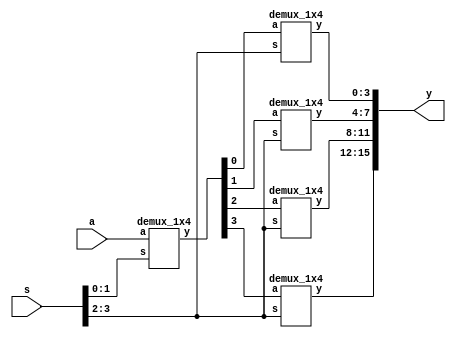
`timescale 1ns / 1ps

module demux_1x16(a,s,y);
input a;
input [3:0]s;
output [15:0]y;
wire [3:0]p;
demux_1x4 u0(a,s[1:0],p[3:0]);

demux_1x4 u1(p[0],s[3:2],y[3:0]);
demux_1x4 u2(p[1],s[3:2],y[7:4]);
demux_1x4 u3(p[2],s[3:2],y[11:8]);
demux_1x4 u4(p[3],s[3:2],y[15:12]);
endmodule

module demux_1x4(a,s,y);
input a;
input [1:0]s;
output [3:0]y;
wire [1:0]p;
demux_1x2 u0(a,s[0],p[1:0]);

demux_1x2 u1(p[0],s[1],y[1:0]);
demux_1x2 u2(p[1],s[1],y[3:2]);
endmodule

module demux_1x2(a,s,y);
input a,s;
output [1:0]y;
assign {y[0],y[1]} = s ? {1'b0,a} : {a,1'b0} ;
endmodule